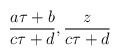
\begin{align*}{a\tau +b \over c\tau +d}, {z \over c\tau +d}\end{align*}